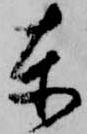
東